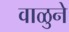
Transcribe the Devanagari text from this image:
वाळुने